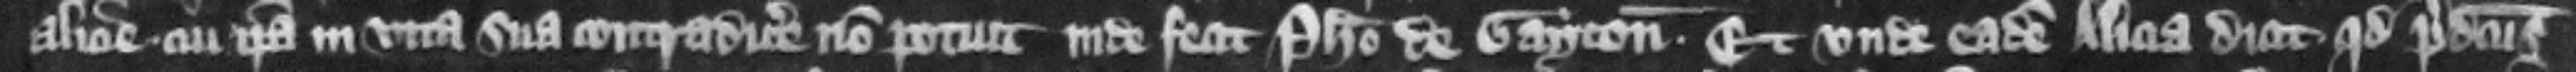
Alicie cui ipsa in vita sua contradicere non potuit inde fecit Philippo de Gayton. Et vnde eadem Alicia dicit quod predictus